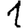
Digit: 1